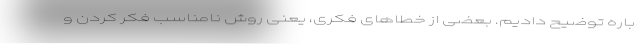
باره توضیح دادیم. بعضی از خطاهای فکری، یعنی روش نامناسب فکر کردن و